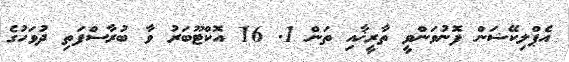
އެޕްލިކޭޝަން ފޮނުވަންވީ ތާރީޚާއި ތަން 1. 16 އޮކްޓޫބަރު ވާ ބުރާސްފަތި ދުވަހުގެ